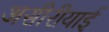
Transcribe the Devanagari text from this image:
असीरीयाई